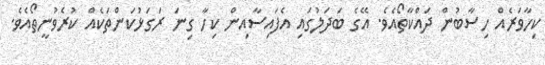
ކިހާވަރެއް ހިސާބުން ދައްކާތޯއެވެ. އޭގެ ބަދަލުގައި އެފައިސާއިން ކިހާ ގިނަ ރަގަޅުކަންތަކެއް ކުރެވުނީތޯއެވެ.